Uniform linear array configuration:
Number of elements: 12
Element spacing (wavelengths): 0.25
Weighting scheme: kaiser
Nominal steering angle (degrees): -45
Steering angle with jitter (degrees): -46.06
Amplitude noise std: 0.05
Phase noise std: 0.05

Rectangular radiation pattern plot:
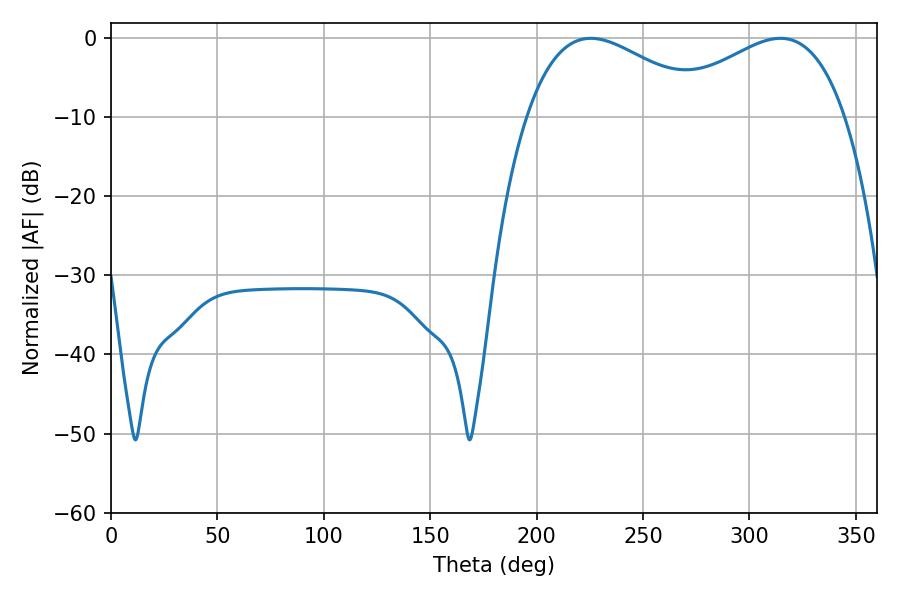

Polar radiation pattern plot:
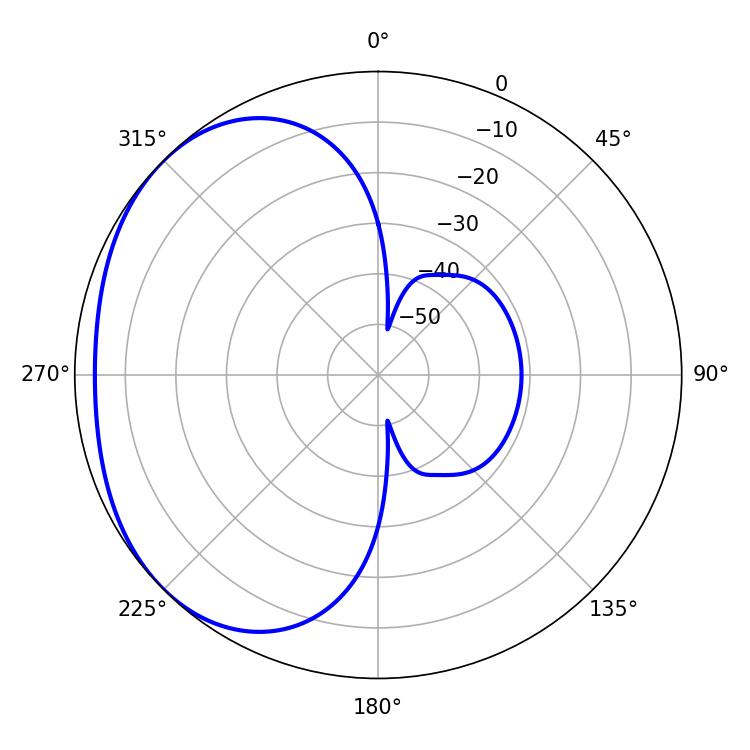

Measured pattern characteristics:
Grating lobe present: FALSE
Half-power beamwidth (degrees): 47.16
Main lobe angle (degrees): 225.36